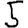
Digit: 5